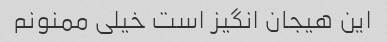
این هیجان انگیز است خیلی ممنونم